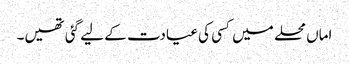
اماں محلے میں کسی کی عیادت کے لیے گئی تھیں۔